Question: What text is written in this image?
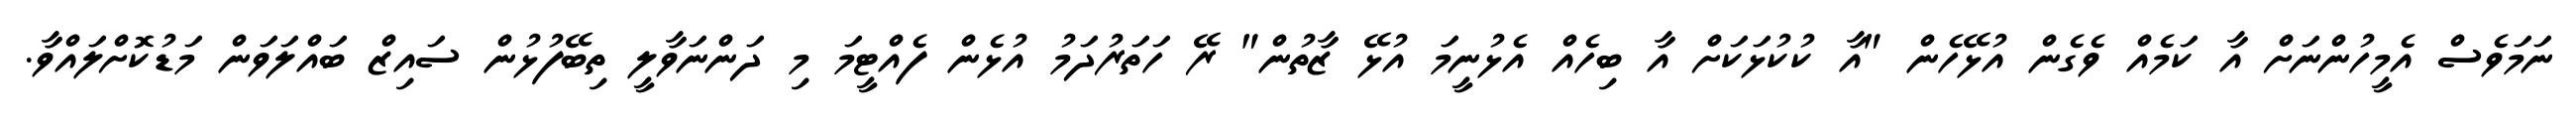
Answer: ނަމަވެސް އެމީހުންނަށް އާ ކަމެއް ވެގެން އުޅޭހެން "އާ ކުކުޅަކަށް އާ ބިހެއް އެޅުނީމަ އުޅޭ ޒާތުން" ރޭ ހަތަރުދަމު އުޅެން ފެއްޓީމަ މި ދަންނަވާލީ ތިބޭފުޅުން ސައިޒް ބައްލަވަން މަޑުކޮށްލައްވާ.